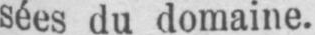
sées du domaine.